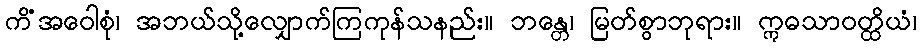
ကိံအဝေါစုံ၊ အဘယ်သို့လျှောက်ကြကုန်သနည်း။ ဘန္တေ၊ မြတ်စွာဘုရား။ ဣဓသာဝတ္ထိယံ၊